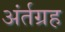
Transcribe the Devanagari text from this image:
अंर्तग्रह